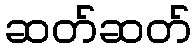
ဆတ်ဆတ်